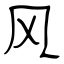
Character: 风